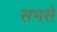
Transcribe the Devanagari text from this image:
सभसे